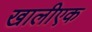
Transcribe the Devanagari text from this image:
खालीएक